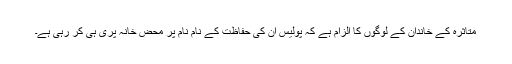
متاثرہ کے خاندان کے لوگوں کا الزام ہے کہ پولیس ان کی حفاظت کے نام نام پر محض خانہ پری ہی کر رہی ہے۔